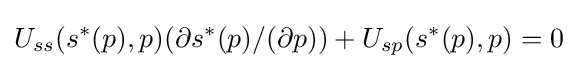
U_{ss}(s^{\ast }(p),p)(\partial s^{\ast }(p)/(\partial p))+U_{sp}(s^{\ast }(p),p)=0